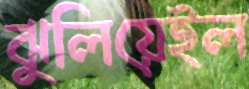
ঝুলিয়েইল